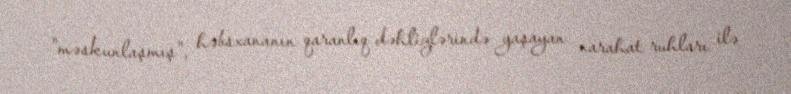
"məskunlaşmış", həbsxananın qaranlıq dəhlizlərində yaşayan narahat ruhları ilə